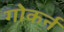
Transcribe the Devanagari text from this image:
गोकर्न